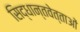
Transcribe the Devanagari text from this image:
सिद्धान्तवेत्ताओं